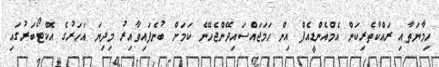
ހިމާޔަތާއި ރައްކާތެރިކަން އެމްއެންޑީއެފް އިން ހަމަޖައްސައިދޭންޖެހޭނެ ކަމަށް ބުނެފައިވާއިރު މިދިޔަ އަހަރުގެ އޮކްޓޯބަރުގައި